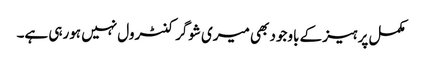
مکمل پرہیز کے باوجود بھی میری شوگر کنٹرول نہیں ہورہی ہے۔